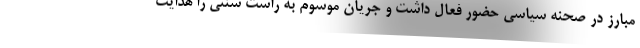
مبارز در صحنه سیاسی حضور فعال داشت و جریان موسوم به راست سنتی را هدایت